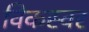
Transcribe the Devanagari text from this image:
विकस्वर